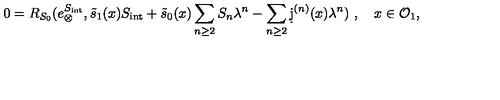
0 = R _ { S _ { 0 } } ( e _ { \otimes } ^ { S _ { \mathrm { i n t } } } , \tilde { s } _ { 1 } ( x ) S _ { \mathrm { i n t } } + \tilde { s } _ { 0 } ( x ) \sum _ { n \ge 2 } S _ { n } \lambda ^ { n } - \sum _ { n \ge 2 } \d j ^ { ( n ) } ( x ) \lambda ^ { n } ) \ , \quad x \in \mathcal { O } _ { 1 } ,